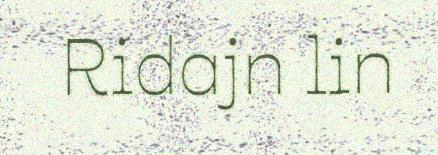
Ridajn lin